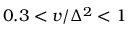
0 . 3 < v / \Delta ^ { 2 } < 1